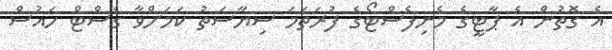
އެ ގޮތުން އެ ޕާޓީގެ މެނިފެސްޓޯގެ ފުރަތަމަ ސިޔާސަތު ކަމަށްވާ ގެސްޓް ހައުސް